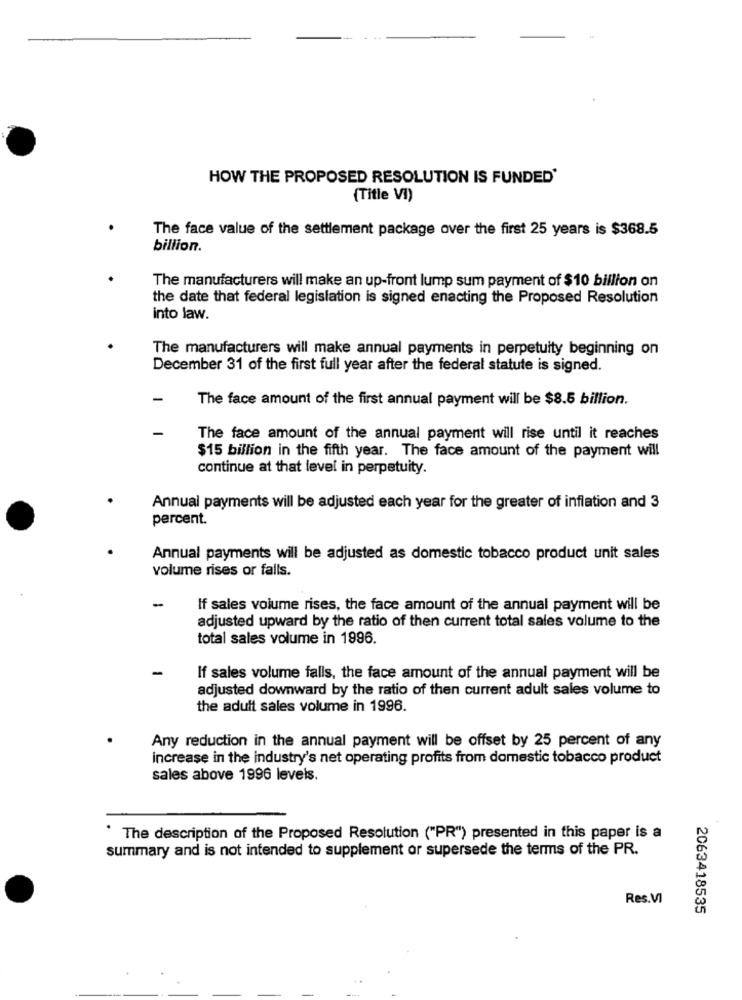
HOW THE PROPOSED RESOLUTION IS FUNDED'
{Title VI)
The face value of the settlement package over the first 25 years is $368.5
billion.
The manufacturers will make an up-front lump sum payment of $10 billion on
the date that federal legislation is signed enacting the Proposed Resolution
into law.
The manufacturers will make annual payments in perpetuity beginning on
December 31 of the first full year after the federal statute is signed.
The face amount of the first annual payment will be $8.5 billion.
The face amount of the annual payment will rise until it reaches
$15 billion in the fifth year. The face amount of the payment will
continue at that level in perpetuity.
Annual payments will be adjusted each year for the greater of inflation and 3
percent.
Annual payments will be adjusted as domestic tobacco product unit sales
volume rises or falls.
-
If sales volume rises, the face amount of the annual payment will be
adjusted upward by the ratio of then current total sales volume to the
total sales volume in 1996.
If sales volume falls, the face amount of the annual payment will be
adjusted downward by the ratio of then current adult sales volume to
the adult sales volume in 1996.
Any reduction in the annual payment will be offset by 25 percent of any
increase in the industry's net operating profits from domestic tobacco product
sales above 1996 levels.
The description of the Proposed Resolution ("PR") presented in this paper is a
summary and is not intended to supplement or supersede the terms of the PR.
Res.VI
2063418535